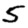
Digit: 5